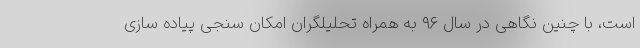
است، با چنین نگاهی در سال ٩۶ به همراه تحلیلگران امکان سنجی پیاده سازی